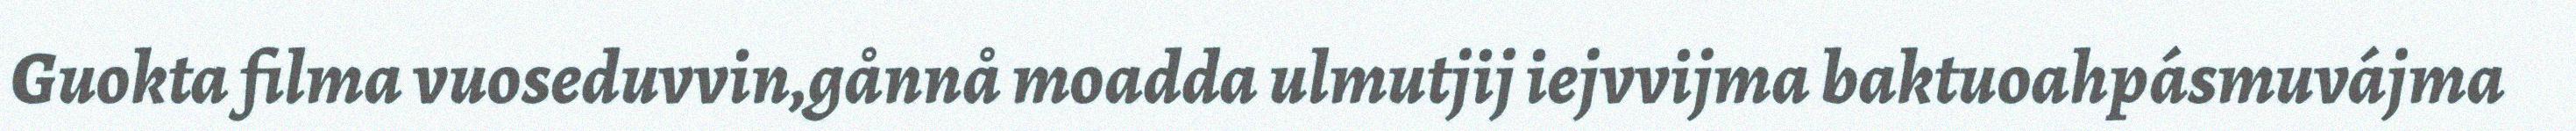
Guokta filma vuoseduvvin,gånnå moadda ulmutjij iejvvijma baktuoahpásmuvájma